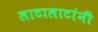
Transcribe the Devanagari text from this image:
लाटालाटांनी